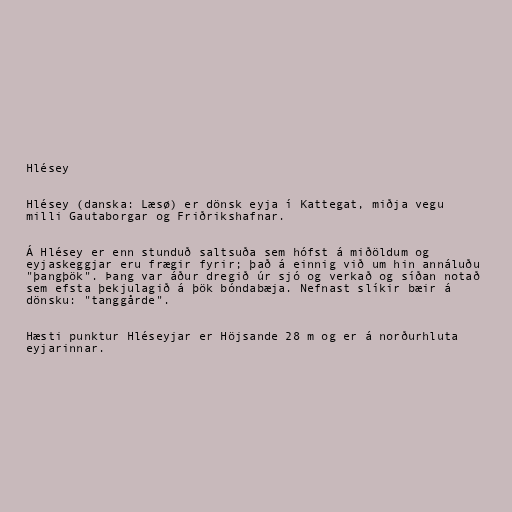
Hlésey

Hlésey (danska: Læsø) er dönsk eyja í Kattegat, miðja vegu
milli Gautaborgar og Friðrikshafnar.

Á Hlésey er enn stunduð saltsuða sem hófst á miðöldum og
eyjaskeggjar eru frægir fyrir; það á einnig við um hin annáluðu
"þangþök". Þang var áður dregið úr sjó og verkað og síðan notað
sem efsta þekjulagið á þök bóndabæja. Nefnast slíkir bæir á
dönsku: "tanggårde".

Hæsti punktur Hléseyjar er Höjsande 28 m og er á norðurhluta
eyjarinnar.